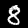
Label: 8